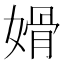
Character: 𰌏